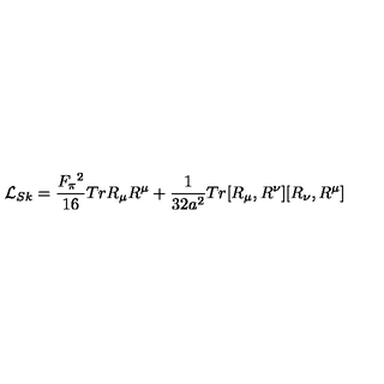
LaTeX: { \cal L } _ { S k } = \frac { F _ { \pi } { ^ 2 } } { 1 6 } T r R _ { \mu } R ^ { \mu } + \frac { 1 } { 3 2 a ^ { 2 } } T r [ R _ { \mu } , R ^ { \nu } ] [ R _ { \nu } , R ^ { \mu } ]